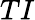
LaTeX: TI